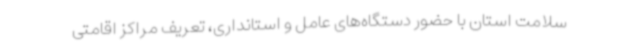
سلامت استان با حضور دستگاه‌های عامل و استانداری، تعریف مراکز اقامتی